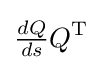
{\tfrac {dQ}{ds}}Q^{\mathrm {T} }